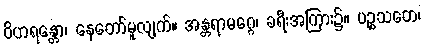
ဝိဟရန္တော၊ နေတော်မူလျက်။ အန္တရာမဂ္ဂေ၊ ခရီးအကြား၌။ ပဉ္စသတေ၊